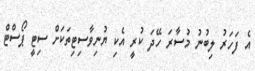
އެ ފަހަރު ލިބުނު މުސާރަ ހޭދަ ކުރީ އެކި ޔުނިވާސިޓިތަކަށް ސިޓީ ޕޯސްޓް